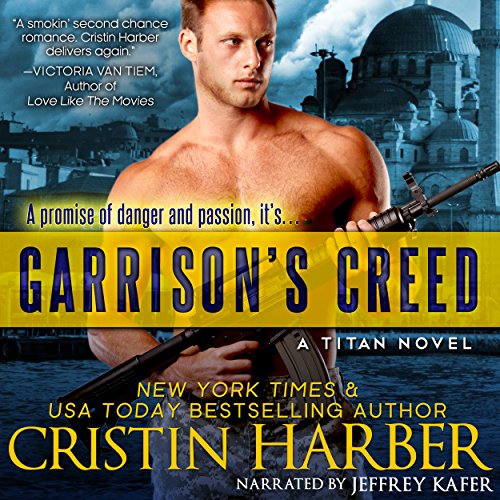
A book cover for Garrison's Creed: Titan, Book 2; Cristin Harber; Romance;